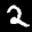
Digit: 2